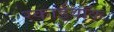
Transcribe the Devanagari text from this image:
स्काईवॉक